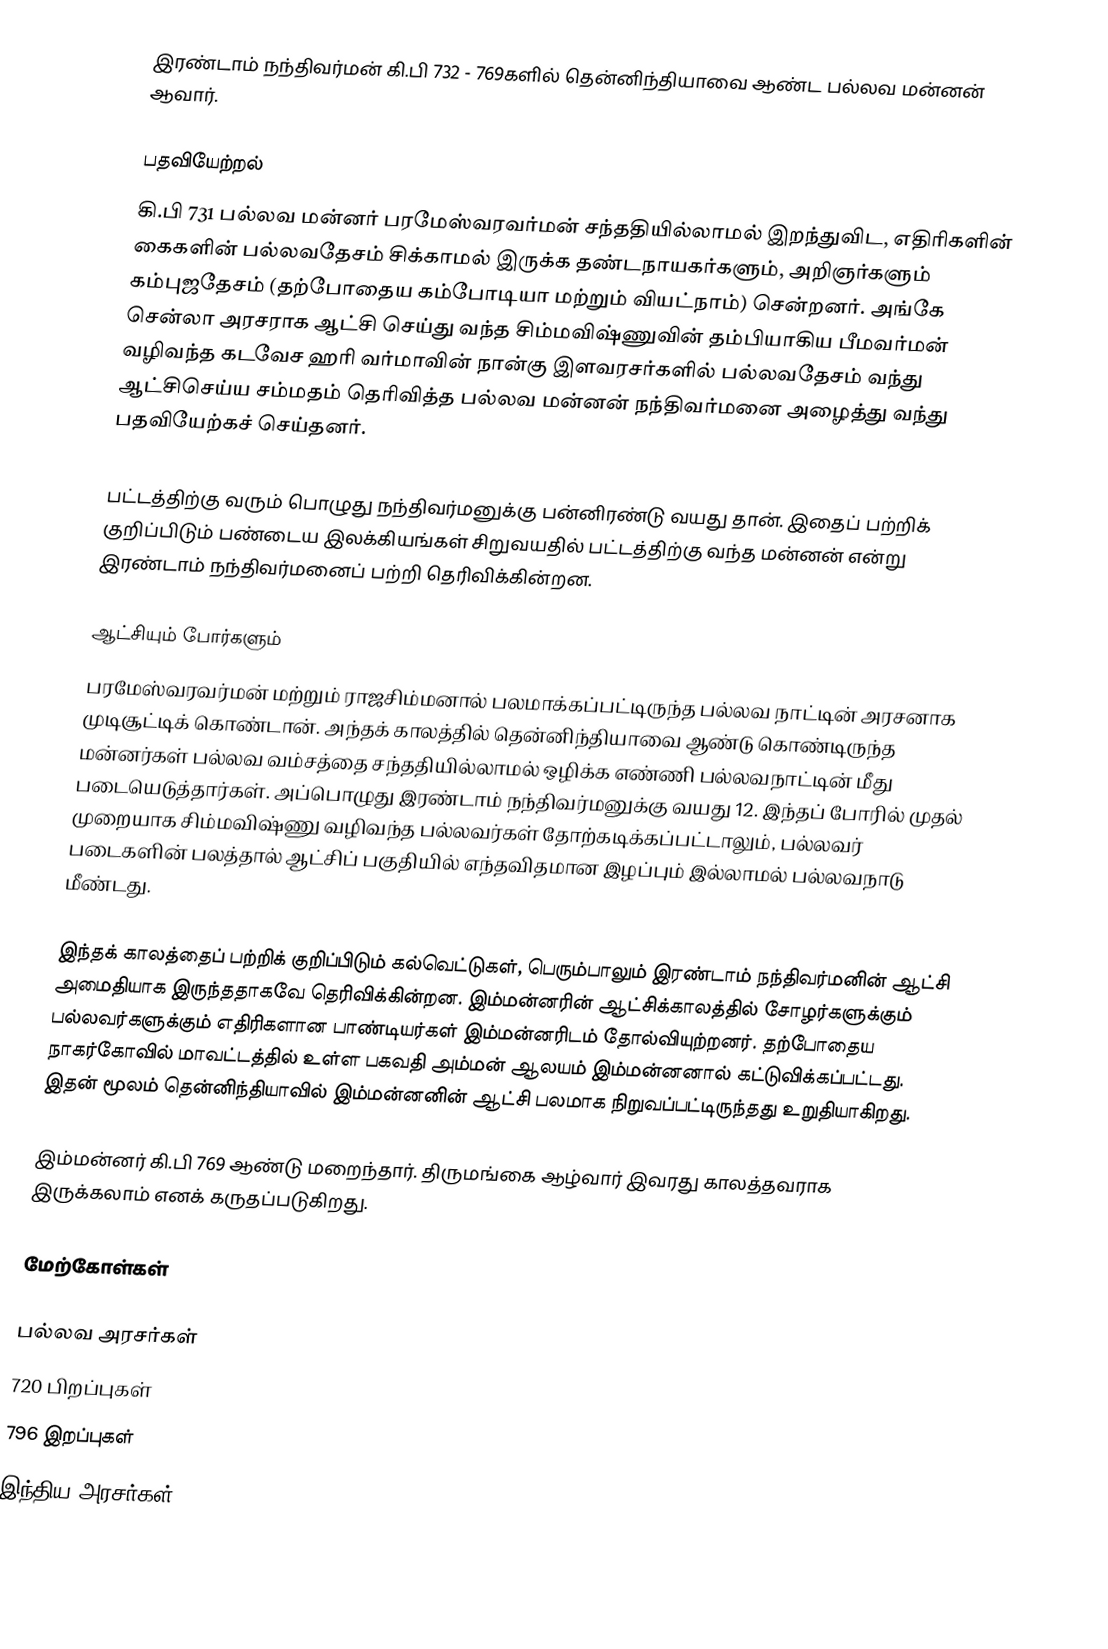
இரண்டாம் நந்திவர்மன் கி.பி 732 - 769களில் தென்னிந்தியாவை ஆண்ட பல்லவ மன்னன் ஆவார்.

பதவியேற்றல்
கி.பி 731 பல்லவ மன்னர் பரமேஸ்வரவர்மன் சந்ததியில்லாமல் இறந்துவிட, எதிரிகளின் கைகளின் பல்லவதேசம் சிக்காமல் இருக்க தண்டநாயகர்களும், அறிஞர்களும் கம்புஜதேசம் (தற்போதைய கம்போடியா மற்றும் வியட்நாம்) சென்றனர். அங்கே சென்லா அரசராக ஆட்சி செய்து வந்த சிம்மவிஷ்ணுவின் தம்பியாகிய பீமவர்மன் வழிவந்த கடவேச ஹரி வர்மாவின் நான்கு இளவரசர்களில் பல்லவதேசம் வந்து ஆட்சிசெய்ய சம்மதம் தெரிவித்த பல்லவ மன்னன் நந்திவர்மனை அழைத்து வந்து பதவியேற்கச் செய்தனர்.

பட்டத்திற்கு வரும் பொழுது நந்திவர்மனுக்கு பன்னிரண்டு வயது தான். இதைப் பற்றிக் குறிப்பிடும் பண்டைய இலக்கியங்கள் சிறுவயதில் பட்டத்திற்கு வந்த மன்னன் என்று இரண்டாம் நந்திவர்மனைப் பற்றி தெரிவிக்கின்றன.

ஆட்சியும் போர்களும்
 பரமேஸ்வரவர்மன் மற்றும் ராஜசிம்மனால் பலமாக்கப்பட்டிருந்த பல்லவ நாட்டின் அரசனாக முடிசூட்டிக் கொண்டான். அந்தக் காலத்தில் தென்னிந்தியாவை ஆண்டு கொண்டிருந்த மன்னர்கள் பல்லவ வம்சத்தை சந்ததியில்லாமல் ஒழிக்க எண்ணி பல்லவநாட்டின் மீது படையெடுத்தார்கள். அப்பொழுது இரண்டாம் நந்திவர்மனுக்கு வயது 12. இந்தப் போரில் முதல் முறையாக சிம்மவிஷ்ணு வழிவந்த பல்லவர்கள் தோற்கடிக்கப்பட்டாலும், பல்லவர் படைகளின் பலத்தால் ஆட்சிப் பகுதியில் எந்தவிதமான இழப்பும் இல்லாமல் பல்லவநாடு மீண்டது.

இந்தக் காலத்தைப் பற்றிக் குறிப்பிடும் கல்வெட்டுகள், பெரும்பாலும் இரண்டாம் நந்திவர்மனின் ஆட்சி அமைதியாக இருந்ததாகவே தெரிவிக்கின்றன. இம்மன்னரின் ஆட்சிக்காலத்தில் சோழர்களுக்கும் பல்லவர்களுக்கும் எதிரிகளான பாண்டியர்கள் இம்மன்னரிடம் தோல்வியுற்றனர். தற்போதைய நாகர்கோவில் மாவட்டத்தில் உள்ள பகவதி அம்மன் ஆலயம் இம்மன்னனால் கட்டுவிக்கப்பட்டது. இதன் மூலம் தென்னிந்தியாவில் இம்மன்னனின் ஆட்சி பலமாக நிறுவப்பட்டிருந்தது உறுதியாகிறது.

இம்மன்னர் கி.பி 769 ஆண்டு மறைந்தார். திருமங்கை ஆழ்வார் இவரது காலத்தவராக இருக்கலாம் எனக் கருதப்படுகிறது.

மேற்கோள்கள்

பல்லவ அரசர்கள்
720 பிறப்புகள்
796 இறப்புகள்
இந்திய அரசர்கள்